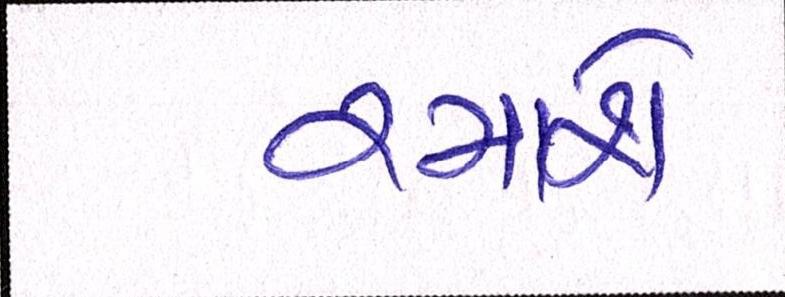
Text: રમાશે